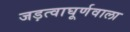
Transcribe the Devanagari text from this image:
जड़त्वाघूर्णवाला